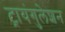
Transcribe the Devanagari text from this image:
ट्रायंगुलेशन